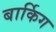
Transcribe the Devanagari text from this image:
बार्किग